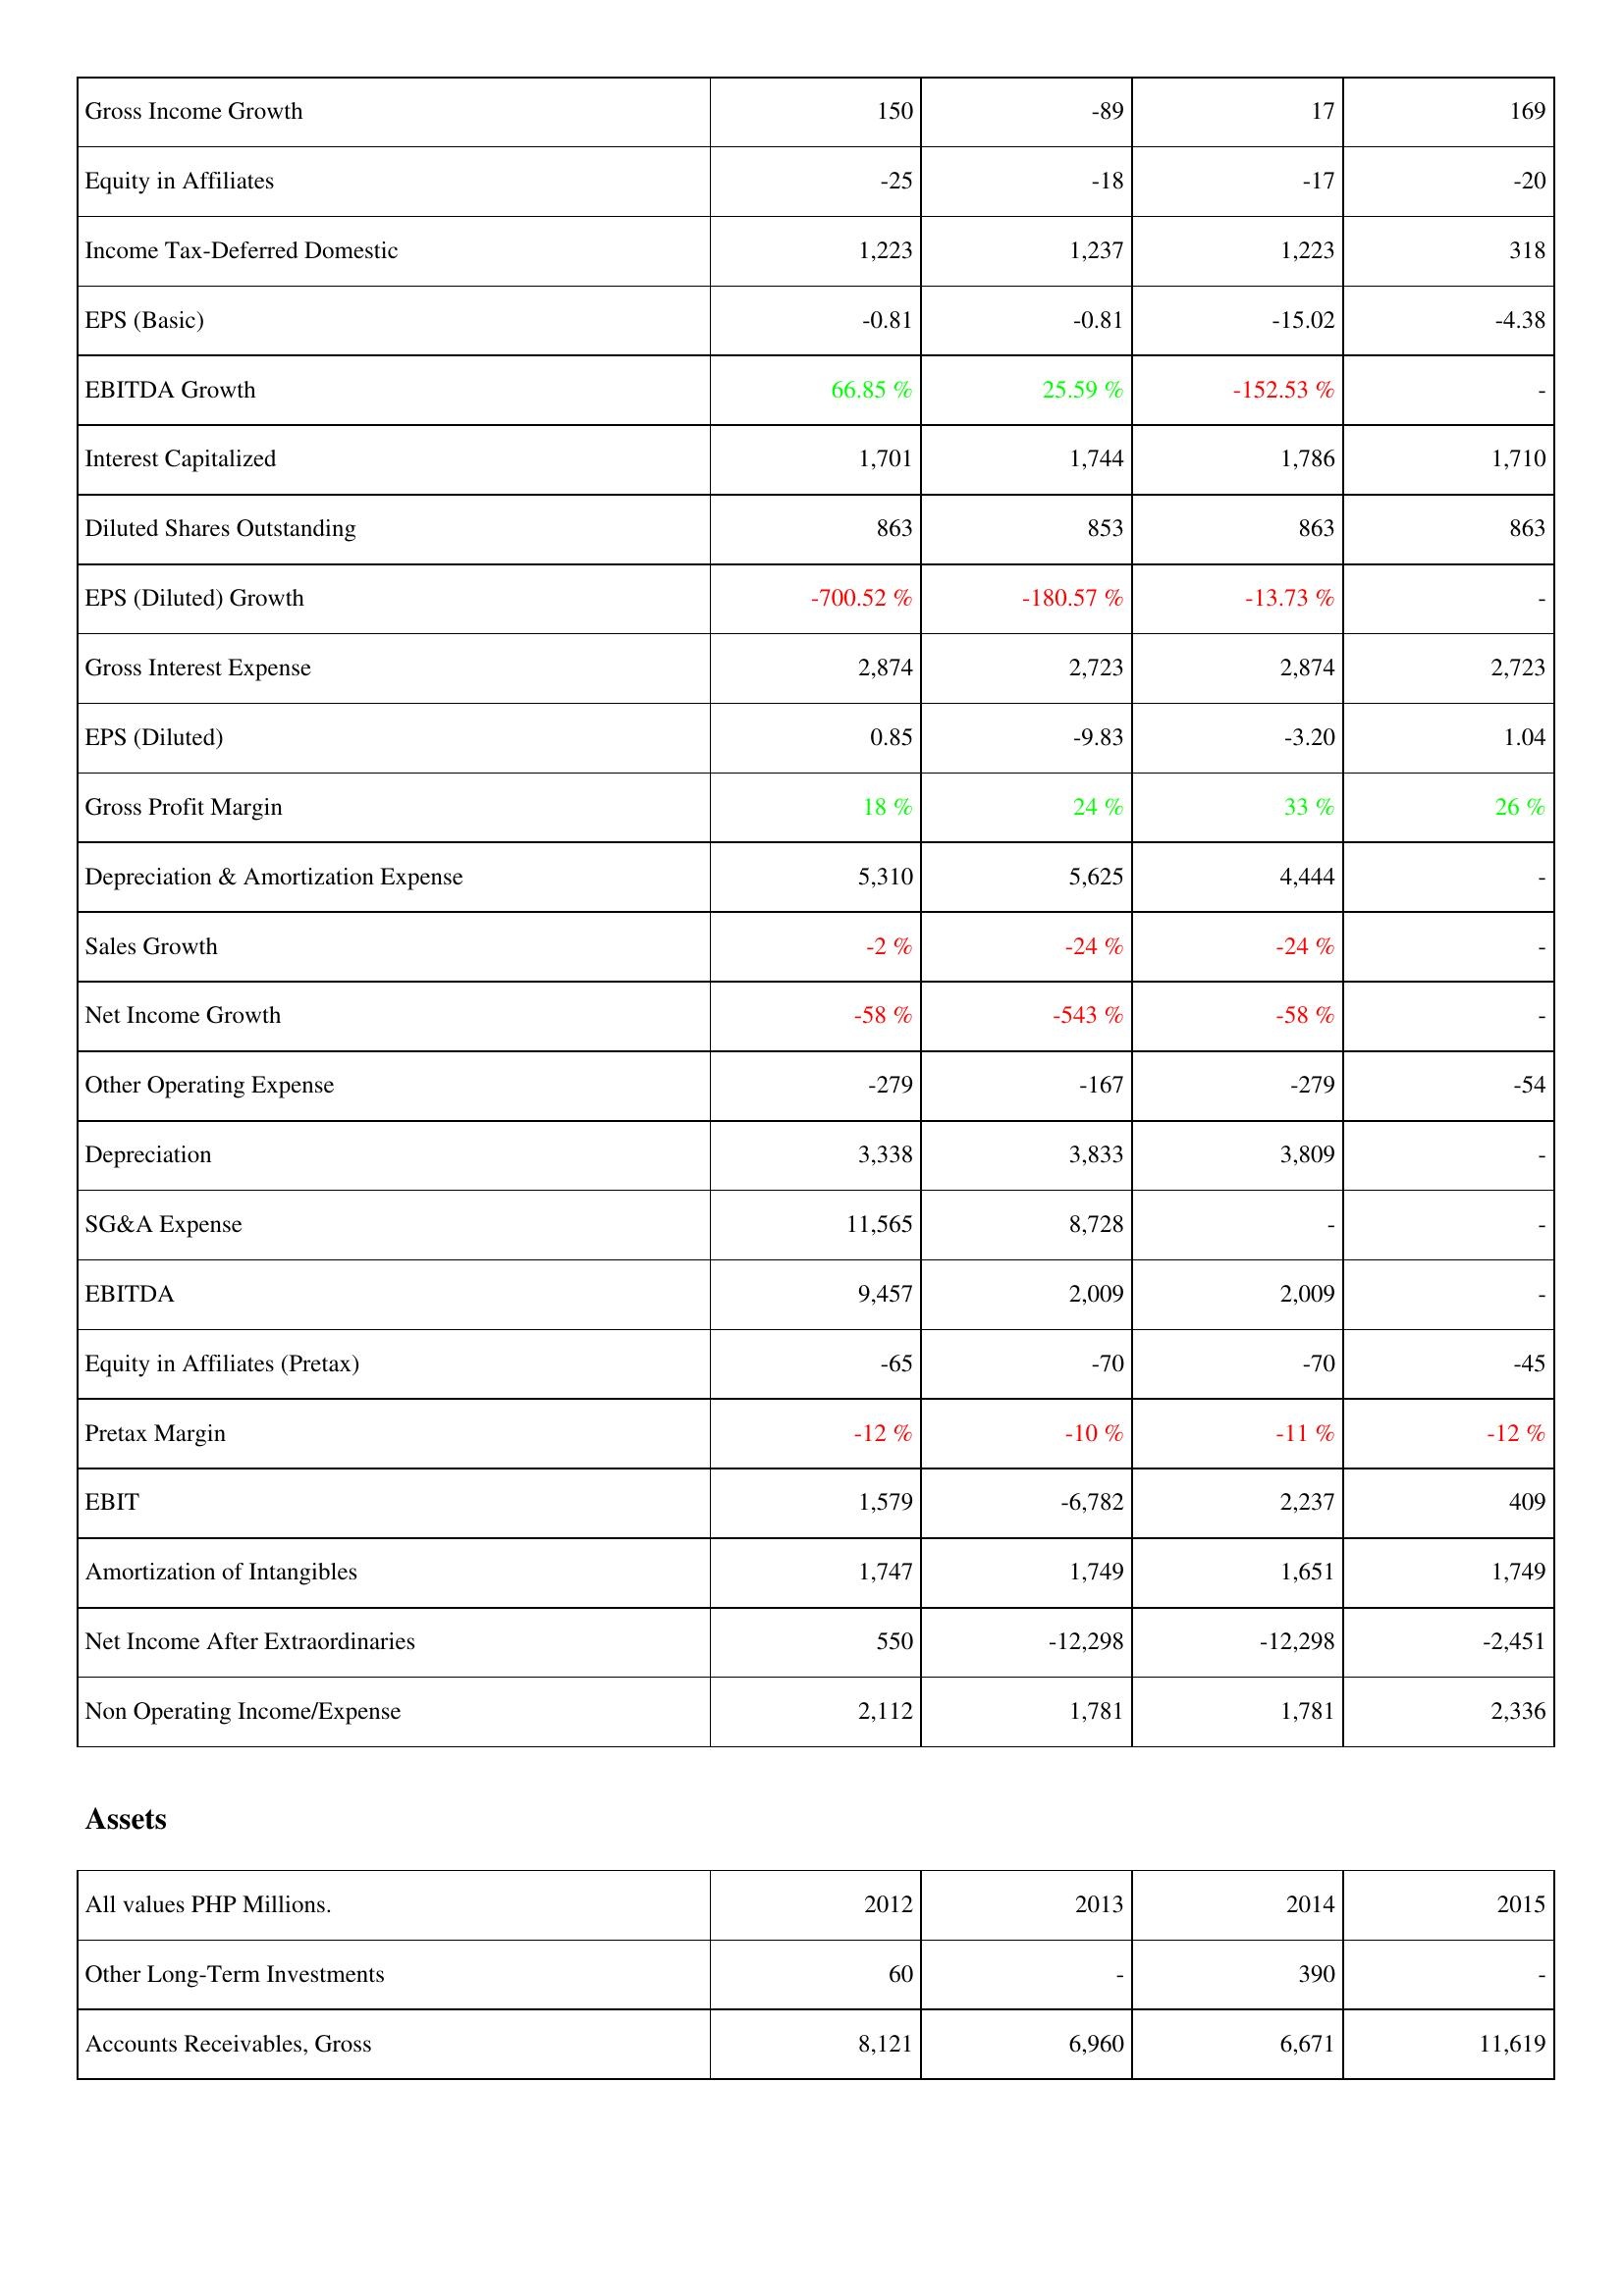
2012: Income Statement: Gross Income Growth: 150
Equity in Affiliates: -25
Income Tax-Deferred Domestic: 1,223
EPS (Basic): -0.81
EBITDA Growth: 66.85 %
Interest Capitalized: 1,701
Diluted Shares Outstanding: 863
EPS (Diluted) Growth: -700.52 %
Gross Interest Expense: 2,874
EPS (Diluted): 0.85
Gross Profit Margin: 18 %
Depreciation & Amortization Expense: 5,310
Sales Growth: -2 %
Net Income Growth: -58 %
Other Operating Expense: -279
Depreciation: 3,338
SG&A Expense: 11,565
EBITDA: 9,457
Equity in Affiliates (Pretax): -65
Pretax Margin: -12 %
EBIT: 1,579
Amortization of Intangibles: 1,747
Net Income After Extraordinaries: 550
Non Operating Income/Expense: 2,112
Assets: Other Long-Term Investments: 60
Accounts Receivables, Gross: 8,121
2013: Income Statement: Gross Income Growth: -89
Equity in Affiliates: -18
Income Tax-Deferred Domestic: 1,237
EPS (Basic): -0.81
EBITDA Growth: 25.59 %
Interest Capitalized: 1,744
Diluted Shares Outstanding: 853
EPS (Diluted) Growth: -180.57 %
Gross Interest Expense: 2,723
EPS (Diluted): -9.83
Gross Profit Margin: 24 %
Depreciation & Amortization Expense: 5,625
Sales Growth: -24 %
Net Income Growth: -543 %
Other Operating Expense: -167
Depreciation: 3,833
SG&A Expense: 8,728
EBITDA: 2,009
Equity in Affiliates (Pretax): -70
Pretax Margin: -10 %
EBIT: -6,782
Amortization of Intangibles: 1,749
Net Income After Extraordinaries: -12,298
Non Operating Income/Expense: 1,781
Assets: Other Long-Term Investments: -
Accounts Receivables, Gross: 6,960
2014: Income Statement: Gross Income Growth: 17
Equity in Affiliates: -17
Income Tax-Deferred Domestic: 1,223
EPS (Basic): -15.02
EBITDA Growth: -152.53 %
Interest Capitalized: 1,786
Diluted Shares Outstanding: 863
EPS (Diluted) Growth: -13.73 %
Gross Interest Expense: 2,874
EPS (Diluted): -3.20
Gross Profit Margin: 33 %
Depreciation & Amortization Expense: 4,444
Sales Growth: -24 %
Net Income Growth: -58 %
Other Operating Expense: -279
Depreciation: 3,809
SG&A Expense: -
EBITDA: 2,009
Equity in Affiliates (Pretax): -70
Pretax Margin: -11 %
EBIT: 2,237
Amortization of Intangibles: 1,651
Net Income After Extraordinaries: -12,298
Non Operating Income/Expense: 1,781
Assets: Other Long-Term Investments: 390
Accounts Receivables, Gross: 6,671
2015: Income Statement: Gross Income Growth: 169
Equity in Affiliates: -20
Income Tax-Deferred Domestic: 318
EPS (Basic): -4.38
EBITDA Growth: -
Interest Capitalized: 1,710
Diluted Shares Outstanding: 863
EPS (Diluted) Growth: -
Gross Interest Expense: 2,723
EPS (Diluted): 1.04
Gross Profit Margin: 26 %
Depreciation & Amortization Expense: -
Sales Growth: -
Net Income Growth: -
Other Operating Expense: -54
Depreciation: -
SG&A Expense: -
EBITDA: -
Equity in Affiliates (Pretax): -45
Pretax Margin: -12 %
EBIT: 409
Amortization of Intangibles: 1,749
Net Income After Extraordinaries: -2,451
Non Operating Income/Expense: 2,336
Assets: Other Long-Term Investments: -
Accounts Receivables, Gross: 11,619